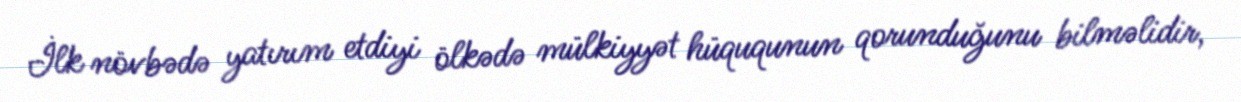
İlk növbədə yatırım etdiyi ölkədə mülkiyyət hüququnun qorunduğunu bilməlidir,